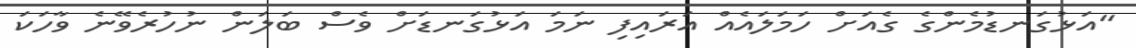
"އަޅުގަނޑުމެންގެ ގެއަށް ހަމަލައެއް އަރައިފި ނަމަ އަޅުގަނޑަށް ވެސް ބަލަން ނުހުރެވޭނެ ވާހަކަ